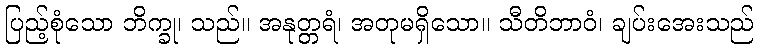
ပြည့်စုံသော ဘိက္ခု၊ သည်။ အနုတ္တရံ၊ အတုမရှိသော။ သီတိဘာဝံ၊ ချပ်းအေးသည်